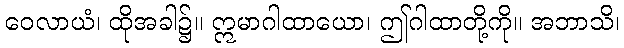
ဝေလာယံ၊ ထိုအခါ၌။ ဣမာဂါထာယော၊ ဤဂါထာတို့ကို။ အဘာသိ၊